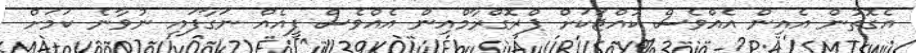
އެގޮތުން އެއިން އެއްވެސް ކުއްޖަކަށް ޕްރޮގްރާމްއިން އެއްވެސް ފީއެއް ނަގާފައި ނުވާނެ ކަމަށް